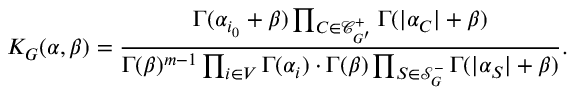
K _ { G } ( \alpha , \beta ) = \frac { \Gamma ( \alpha _ { i _ { 0 } } + \beta ) \prod _ { C \in \mathcal { C } _ { G ^ { \prime } } ^ { + } } \Gamma ( | \alpha _ { C } | + \beta ) } { \Gamma ( \beta ) ^ { m - 1 } \prod _ { i \in V } \Gamma ( \alpha _ { i } ) \cdot \Gamma ( \beta ) \prod _ { S \in \mathcal { S } _ { G } ^ { - } } \Gamma ( | \alpha _ { S } | + \beta ) } .